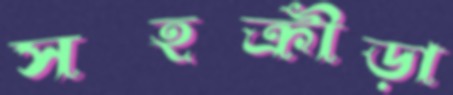
সহক্রীড়া